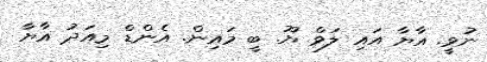
ނުވީ. އާޔާ އައި ލަވް ޔޫ. ބީ މައިން. އެންޑް މިއަދު އާޔާ